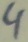
Text: 4